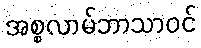
အစ္စလာမ်ဘာသာဝင်